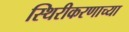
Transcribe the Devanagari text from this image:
स्थिरीकरणाच्या